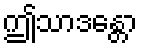
ဤသာဒန္တော